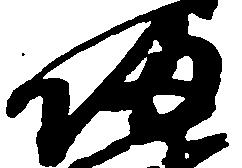
帰